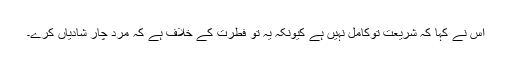
اس نے کہا کہ شریعت توکامل نہیں ہے کیونکہ یہ تو فطرت کے خلاف ہے کہ مرد چار شادیاں کرے۔